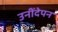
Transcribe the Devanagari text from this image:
उनींदेपन